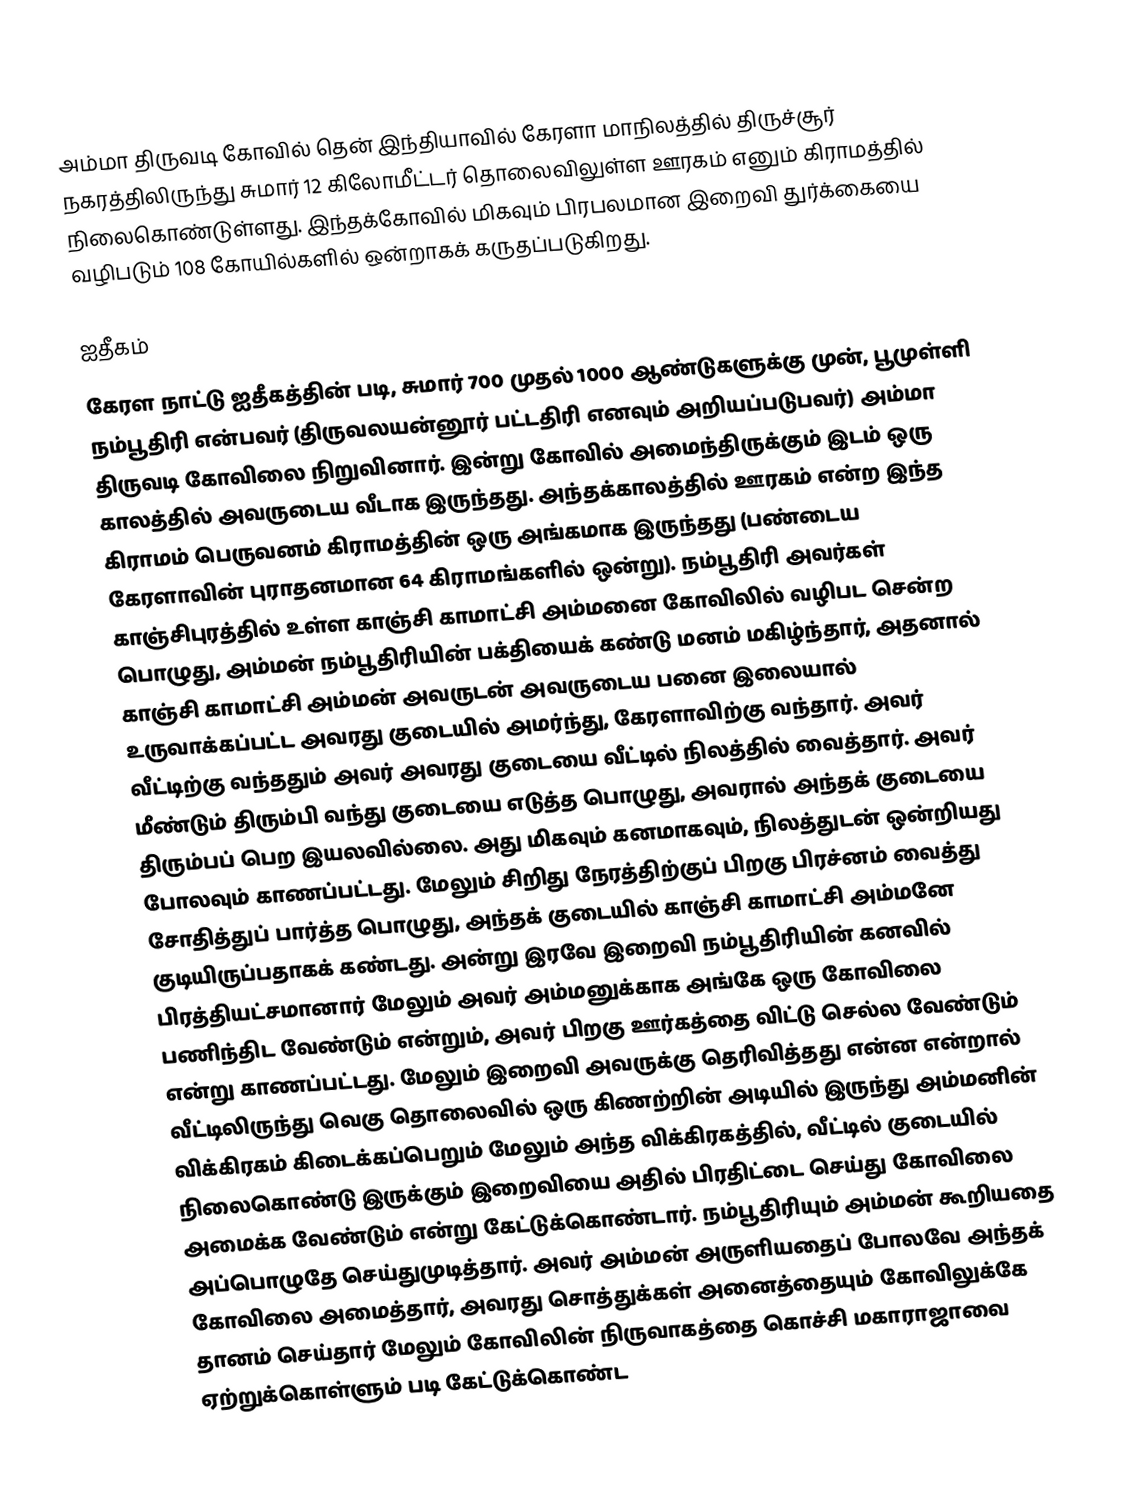
அம்மா திருவடி கோவில் தென் இந்தியாவில் கேரளா மாநிலத்தில் திருச்சூர் நகரத்திலிருந்து சுமார் 12 கிலோமீட்டர் தொலைவிலுள்ள ஊரகம் எனும் கிராமத்தில் நிலைகொண்டுள்ளது. இந்தக்கோவில் மிகவும் பிரபலமான இறைவி துர்க்கையை வழிபடும் 108 கோயில்களில் ஒன்றாகக் கருதப்படுகிறது.

ஐதீகம்
கேரள நாட்டு ஐதீகத்தின் படி, சுமார் 700 முதல் 1000 ஆண்டுகளுக்கு முன், பூமுள்ளி நம்பூதிரி என்பவர் (திருவலயன்னூர் பட்டதிரி எனவும் அறியப்படுபவர்) அம்மா திருவடி கோவிலை நிறுவினார். இன்று கோவில் அமைந்திருக்கும் இடம் ஒரு காலத்தில் அவருடைய வீடாக இருந்தது. அந்தக்காலத்தில் ஊரகம் என்ற இந்த கிராமம் பெருவனம் கிராமத்தின் ஒரு அங்கமாக இருந்தது (பண்டைய கேரளாவின் புராதனமான 64 கிராமங்களில் ஒன்று). நம்பூதிரி அவர்கள் காஞ்சிபுரத்தில் உள்ள காஞ்சி காமாட்சி அம்மனை கோவிலில் வழிபட சென்ற பொழுது, அம்மன் நம்பூதிரியின் பக்தியைக் கண்டு மனம் மகிழ்ந்தார், அதனால் காஞ்சி காமாட்சி அம்மன் அவருடன் அவருடைய பனை இலையால் உருவாக்கப்பட்ட அவரது குடையில் அமர்ந்து, கேரளாவிற்கு வந்தார். அவர் வீட்டிற்கு வந்ததும் அவர் அவரது குடையை வீட்டில் நிலத்தில் வைத்தார். அவர் மீண்டும் திரும்பி வந்து குடையை எடுத்த பொழுது, அவரால் அந்தக் குடையை திரும்பப் பெற இயலவில்லை. அது மிகவும் கனமாகவும், நிலத்துடன் ஒன்றியது போலவும் காணப்பட்டது. மேலும் சிறிது நேரத்திற்குப் பிறகு பிரச்னம் வைத்து சோதித்துப் பார்த்த பொழுது, அந்தக் குடையில் காஞ்சி காமாட்சி அம்மனே குடியிருப்பதாகக் கண்டது. அன்று இரவே இறைவி நம்பூதிரியின் கனவில் பிரத்தியட்சமானார் மேலும் அவர் அம்மனுக்காக அங்கே ஒரு கோவிலை பணிந்திட வேண்டும் என்றும், அவர் பிறகு ஊர்கத்தை விட்டு செல்ல வேண்டும் என்று காணப்பட்டது. மேலும் இறைவி அவருக்கு தெரிவித்தது என்ன என்றால் வீட்டிலிருந்து வெகு தொலைவில் ஒரு கிணற்றின் அடியில் இருந்து அம்மனின் விக்கிரகம் கிடைக்கப்பெறும் மேலும் அந்த விக்கிரகத்தில், வீட்டில் குடையில் நிலைகொண்டு இருக்கும் இறைவியை அதில் பிரதிட்டை செய்து கோவிலை அமைக்க வேண்டும் என்று கேட்டுக்கொண்டார். நம்பூதிரியும் அம்மன் கூறியதை அப்பொழுதே செய்துமுடித்தார். அவர் அம்மன் அருளியதைப் போலவே அந்தக் கோவிலை அமைத்தார், அவரது சொத்துக்கள் அனைத்தையும் கோவிலுக்கே தானம் செய்தார் மேலும் கோவிலின் நிருவாகத்தை கொச்சி மகாராஜாவை ஏற்றுக்கொள்ளும் படி கேட்டுக்கொண்ட